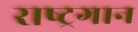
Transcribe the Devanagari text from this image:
राष्‍ट्रगान